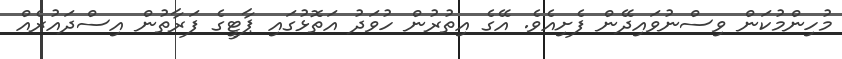
މުހިންމުކަން ވިސްނުވައިދޭން ފެށިއެވެ. އޭގެ އިތުރުން ހުވަދު އަތޮޅުގައި ޕާޓީގެ ފަރާތުން އިސްދައުރެއް